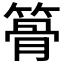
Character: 𥱪